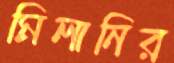
মিলানির